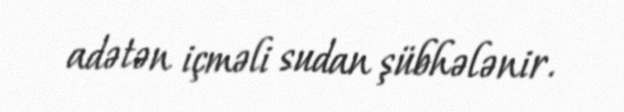
adətən içməli sudan şübhələnir.